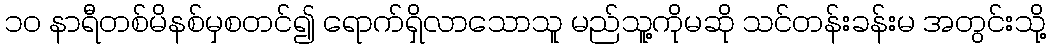
၁၀ နာရီတစ်မိနစ်မှစတင်၍ ရောက်ရှိလာသောသူ မည်သူ့ကိုမဆို သင်တန်းခန်းမ အတွင်းသို့